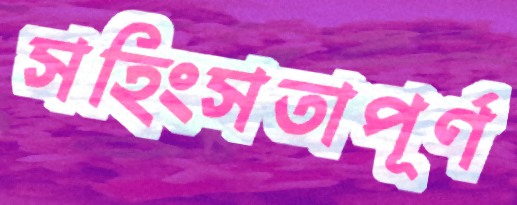
সহিংসতাপূর্ণ